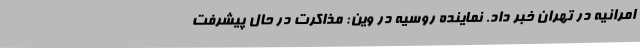
امرانیه در تهران خبر داد. نماینده روسیه در وین: مذاکرت در حال پیشرفت